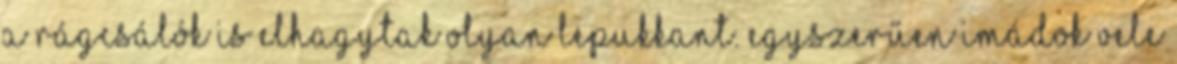
a rágcsálók is elhagytak olyan lepukkant. Egyszerűen imádok vele